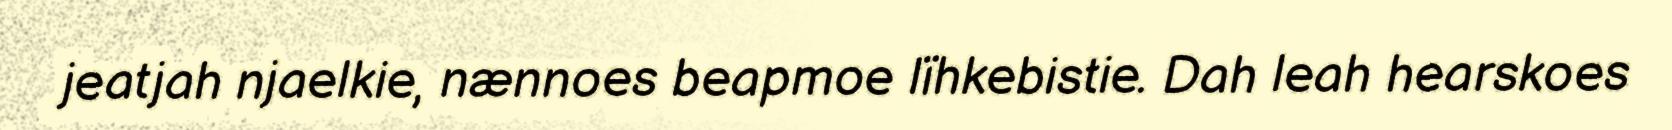
jeatjah njaelkie, nænnoes beapmoe lïhkebistie. Dah leah hearskoes